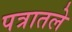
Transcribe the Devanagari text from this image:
पत्रातले